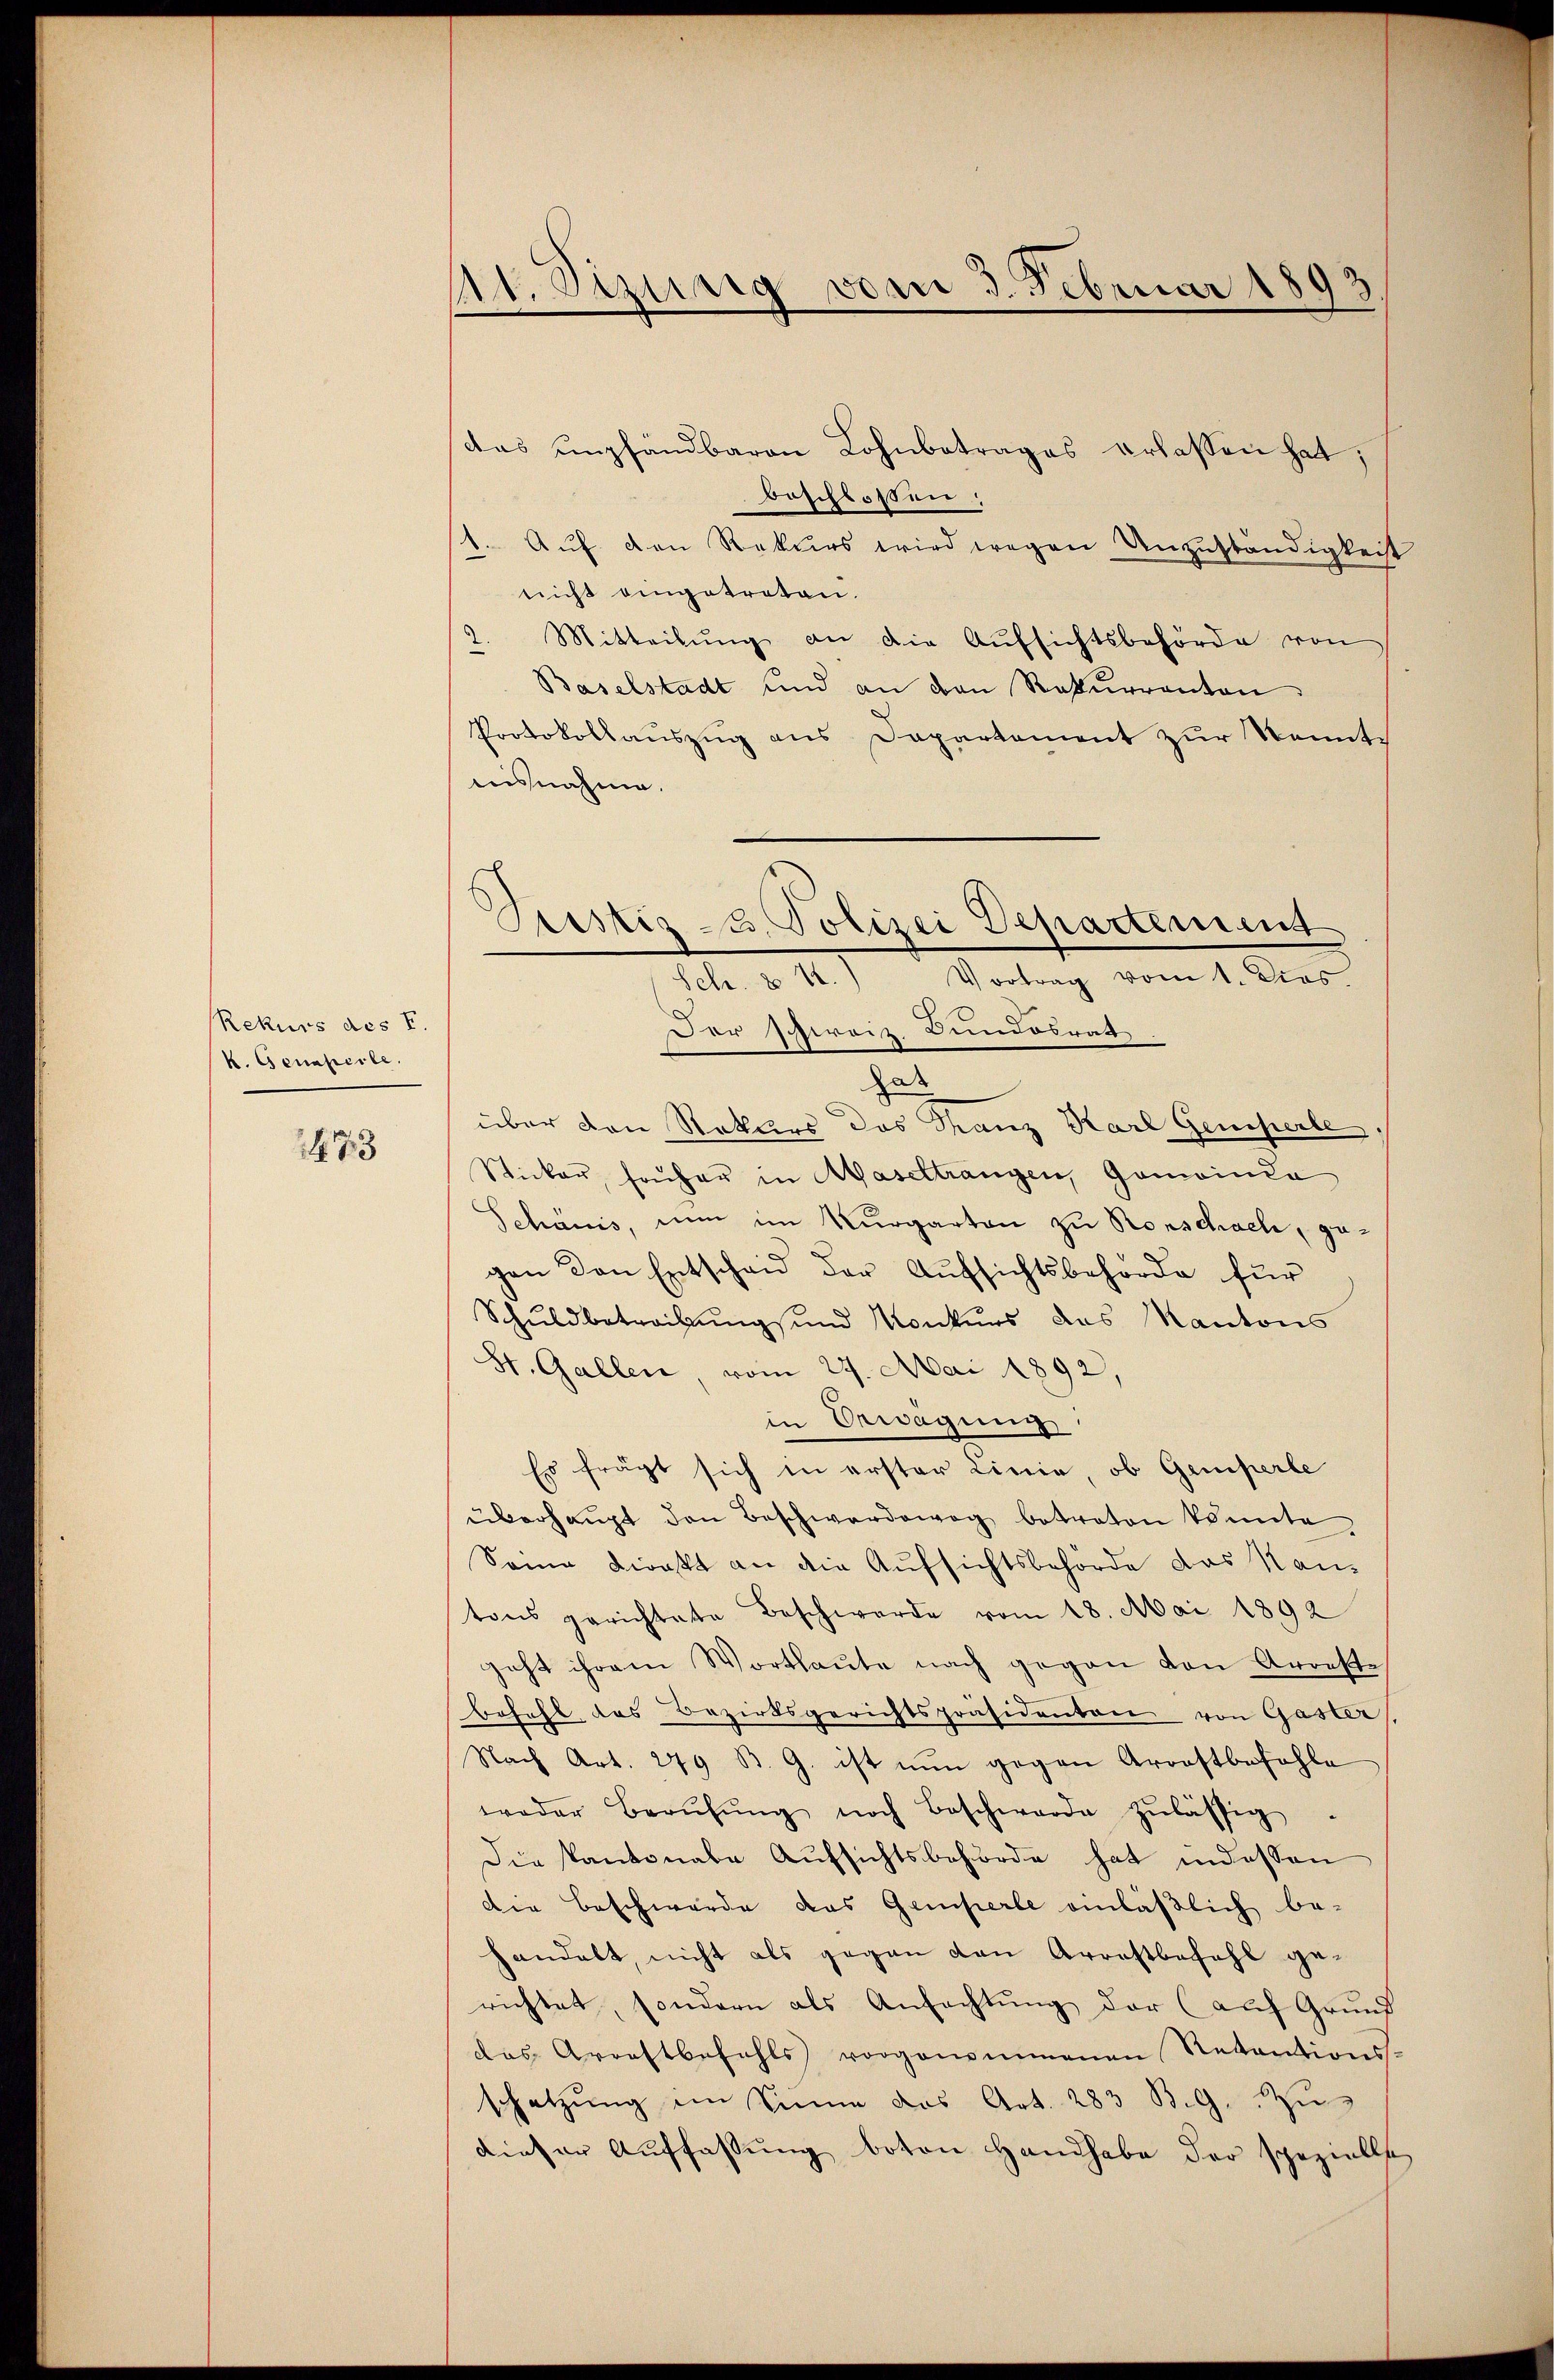
Rekurs des F.
k. Genapeile.

1473

41. Dezung vom 3. Februar 1893

das empfandbaren Lohnbetrages erlassen hat;
beschloßen:
1. Auf den Rekurs wird wegen Anzuständigkeit
nicht eingetreten.
2. Mitteilŭng an die Aŭfsichtsbehörde von
Baselstadt und an den Rekŭrranton
Protokollauszug aus Departement zur Kenntausnahme.
Der Schweiz. Bundesrath
hat
über den Rekurs das Kranz Karl Gemiserle
Sticker, früher in Haseltrangen, Gemeinda
Schanis, nun im Kurgarten zu Rorschach, gegen den Entscheid der Aufsichtsbehörde für
Schŭldbetreibŭngsŭnd Konkŭrs das Kantons
St. Gallen, vom 29. Mai 1892,
in Bewegung
Es frägt sich in erster Linie, ob Gemperle
überhaŭpt den Beschwerdewog betreten könnte
Sonne direkt an die Aufsichtsbehörde das Kantons gerichtete Beschwerde vom 18. Mai 1892
geht ihrem Wortlaŭte nach gegen von Arreste
befehl das Bezirksgerichtspräsidenten von Gaster
Nach Art. 249 B. G. ist nun gegen Arrestbefohle
weder Berŭfŭng noch Beschwerde zulässig.
Die Kantonale Aufsichtsbehörde hat indessen
die Beschwerde das Gemperle einläßlich be-
handelt, nicht als gegen den Arrestbefahl gerichtet, sondern als Anfachtŭng der (auf Grund
das Arrestbefehls vorgenommenen Retentionsschatzŭng im Sinne das Art. 283 B. G. u
dieser Auffassung boten Handhabe der spezielle

Justiz- u. Polizei Departement
Vortrag vom 1. Dies.
Sch. § 41.)